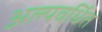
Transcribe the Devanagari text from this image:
अल्पवर्धित